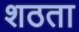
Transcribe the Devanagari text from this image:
शठता